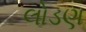
લોડણ